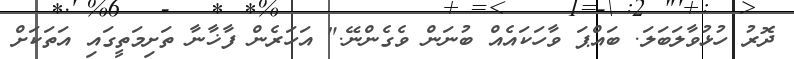
ދޮރު ހުޅުވާލަބަލަ. ބައްޕަ ވާހަކައެއް ބުނަން ވެގެންނޭ." އަހަރެން ފާޚާނާ ތަށިމަތީގައި އަތަކަށް